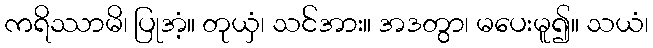
ကရိဿာမိ၊ ပြုအံ့။ တုယှံ၊ သင်အား။ အဒတွာ၊ မပေးမူ၍။ သယံ၊